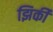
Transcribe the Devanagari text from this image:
झिर्की